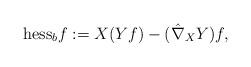
LaTeX: \begin{align*} \mathrm{hess}_bf:= X(Yf) - (\hat{\nabla}_XY)f,\end{align*}